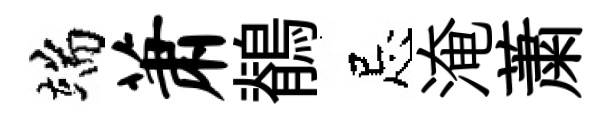
端萧鶺忌淹䔥